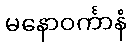
မနောဝင်္ကာနံ